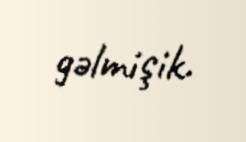
gəlmişik.